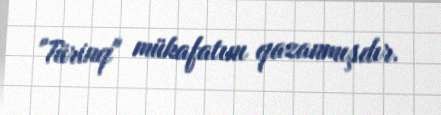
"Türinq" mükafatını qazanmışdır.